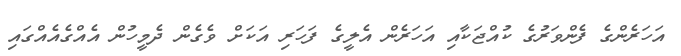
އަހަރެންގެ ފެންވަރުގެ ކުއްޖަކާއި އަހަރެން އެލީގެ ފަހަރި އަކަށް ވެގެން ދެމީހުން އެއްގެއެއްގައި